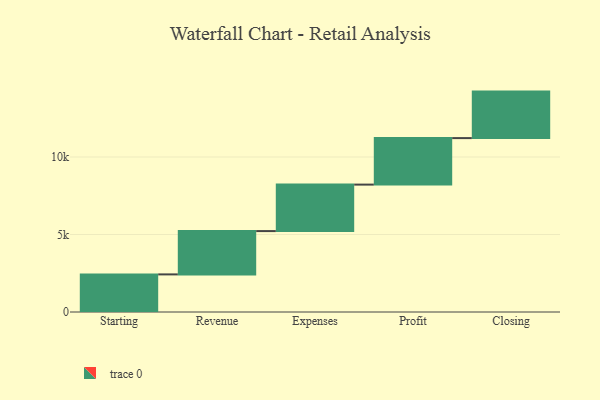
{"axis": {"x": "Step", "y": "Value"}, "legend": [""], "data": [{"x": "Starting", "y": 2426.0, "type": ""}, {"x": "Revenue", "y": 2794.0, "type": ""}, {"x": "Expenses", "y": 3000, "type": ""}, {"x": "Profit", "y": 3000, "type": ""}, {"x": "Closing", "y": 3000, "type": ""}]}